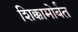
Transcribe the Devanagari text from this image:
शिक्कामोर्बत